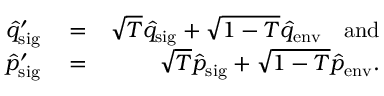
\begin{array} { r l r } { \hat { q } _ { \mathrm { s i g } } ^ { \prime } } & { { } = } & { \sqrt { T } \hat { q } _ { \mathrm { s i g } } + \sqrt { 1 - T } \hat { q } _ { \mathrm { e n v } } \quad \mathrm { a n d } } \\ { \hat { p } _ { \mathrm { s i g } } ^ { \prime } } & { { } = } & { \sqrt { T } \hat { p } _ { \mathrm { s i g } } + \sqrt { 1 - T } \hat { p } _ { \mathrm { e n v } } . } \end{array}